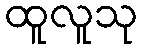
ထူလူသု